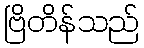
ဗြိတိန်သည်